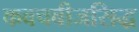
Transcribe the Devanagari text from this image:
कवचबीजसिद्ध